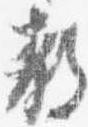
教